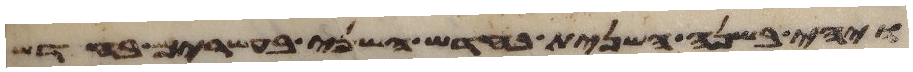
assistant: ויהי בשנה השנית בחדש השני בעשרים בחדש